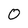
Character: 0